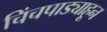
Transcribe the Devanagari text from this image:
चिंचपाड्याहून